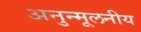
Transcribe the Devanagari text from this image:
अनुन्मूलनीय